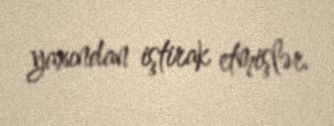
yaxından iştirak etmişlər.